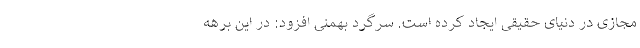
مجازی در دنیای حقیقی ایجاد کرده است. سرگرد بهمنی افزود: در این برهه